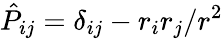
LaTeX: \hat{P}_{ij}=\delta_{ij}-r_{i}r_{j}/r^{2}